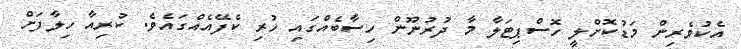
އެކުވެރިން މަޑުކޮށްލީ ހޮސްޕިޓަލާ މާ ދުރުނޫން ހިސާބެއްގައި ހުރި ކެފޭއެއްގައެވެ. ކުރިއާ ހިލާފަށް